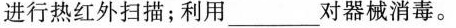
进行热红外扫描；利用___对器械消毒。